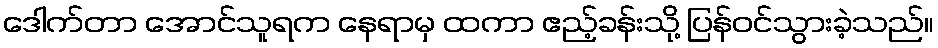
ဒေါက်တာ အောင်သူရက နေရာမှ ထကာ ဧည့်ခန်းသို့ ပြန်ဝင်သွားခဲ့သည်။